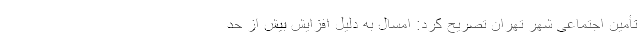
تأمین اجتماعی شهر تهران تصریح کرد: امسال به دلیل افزایش بیش از حد